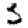
Digit: 5